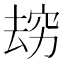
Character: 𰩌